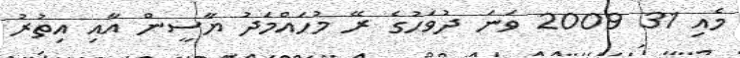
މެއި 31 2009 ވަނަ ދުވަހުގެ ރޭ މުހައްމަދު ޔާސީން އާއި އިތުރު